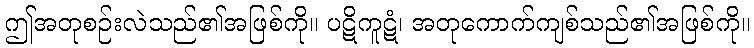
ဤအတုစဉ်းလဲသည်၏အဖြစ်ကို။ ပဋိကူဋံ၊ အတုကောက်ကျစ်သည်၏အဖြစ်ကို။